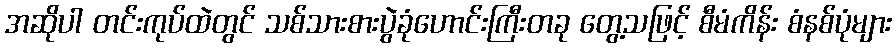
အဆိုပါ တင်းကုပ်ထဲတွင် သစ်သားစားပွဲခုံဟောင်းကြီးတခု တွေ့သဖြင့် စီမံကိန်း စံနစ်ပုံများ